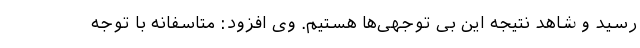
رسید و شاهد نتیجه این بی توجهی‌ها هستیم. وی افزود: متاسفانه با توجه